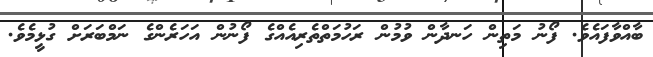
ބާއްވާފައެވެ. ފޯނު މަތިން ހަނދާން ވުމުން ރަހުމަތްތެރިއެއްގެ ފޯނުން އަހަރެންގެ ނަމްބަރަށް ގުޅީމެވެ.